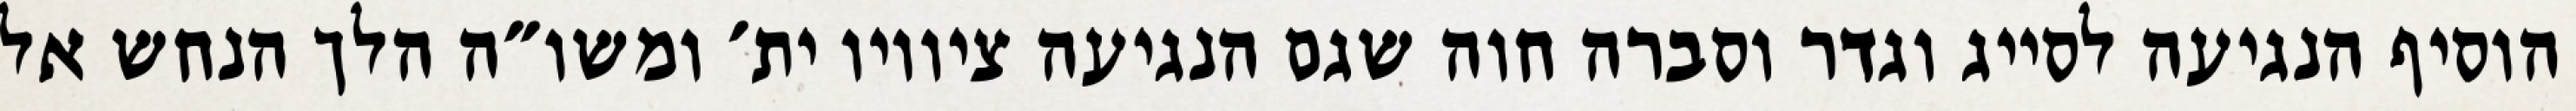
הוסיף הנגיעה לסייג וגדר וסברה חוה שגם הנגיעה ציוויו ית׳ ומשו״ה הלך הנחש אל